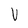
Character: V